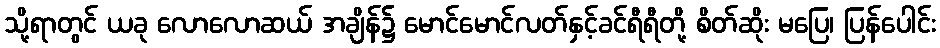
သို့ရာတွင် ယခု လောလောဆယ် အချိန်၌ မောင်မောင်လတ်နှင့်ခင်ရီရီတို့ စိတ်ဆိုး မပြေ၊ ပြန်ပေါင်း